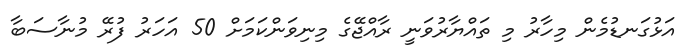
އަޅުގަނޑުމެން މިހާރު މި ތައްޔާރުވަނީ ރާއްޖޭގެ މިނިވަންކަމަށް 50 އަހަރު ފުރޭ މުނާސަބާ